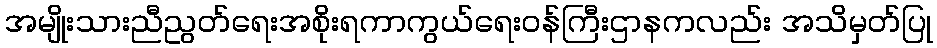
အမျိုးသားညီညွတ်ရေးအစိုးရကာကွယ်ရေးဝန်ကြီးဌာနကလည်း အသိမှတ်ပြု